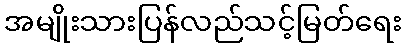
အမျိုးသားပြန်လည်သင့်မြတ်ရေး